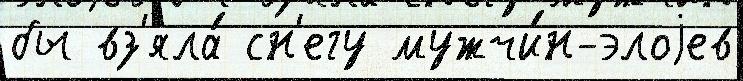
бы вз'яла́ сн'егу мужчи́н-элоjев